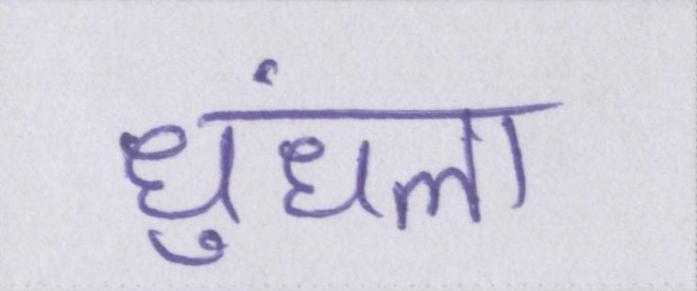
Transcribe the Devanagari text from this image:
धुंधला